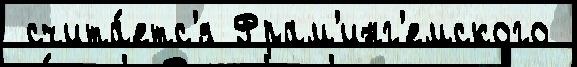
 счита́етс'я Фрам'инг'емского